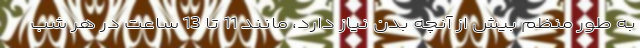
به طور منظم بیش از آنچه بدن نیاز دارد، مانند 11 تا 13 ساعت در هر شب